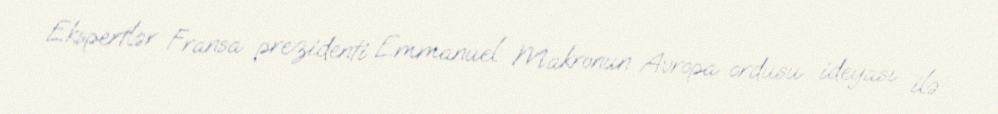
Ekspertlər Fransa prezidenti Emmanuel Makronun Avropa ordusu ideyası ilə